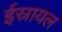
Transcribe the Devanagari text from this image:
ईस्रायल